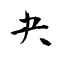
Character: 夬